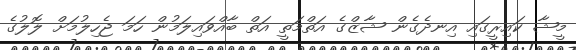
މީޝާ ކައިރީގައި އިނދެގެން ޝާޒްގެ އަތްމަތީ އަތް ބާއްވައިލަމުން ހަމަ ޖެހިލުމަށް ލޮލުގެ